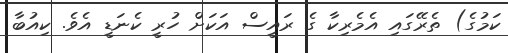
ކަމުގެ) ތެރޭގައި އެމެރިކާ ގެ ރައީސް އަކަށް ހުރީ ކެނަޑީ އެވެ. ކިއުބާ